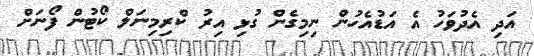
އަދި އެދުވަހު އެ އަޑުއެހުން ނިމިގެން ގުޅި އިރު ކްރިމިނަލް ކޯޓުން ފޯނަށް